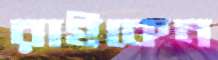
রাইকেন